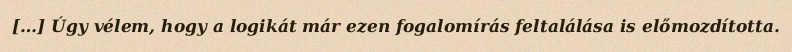
[…] Úgy vélem, hogy a logikát már ezen fogalomírás feltalálása is előmozdította.